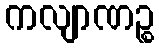
ကလျာဏဉ္စ